Report of the Indian Hemp Drugs Commission, 1894-1895 - Volume V
Year: 1894
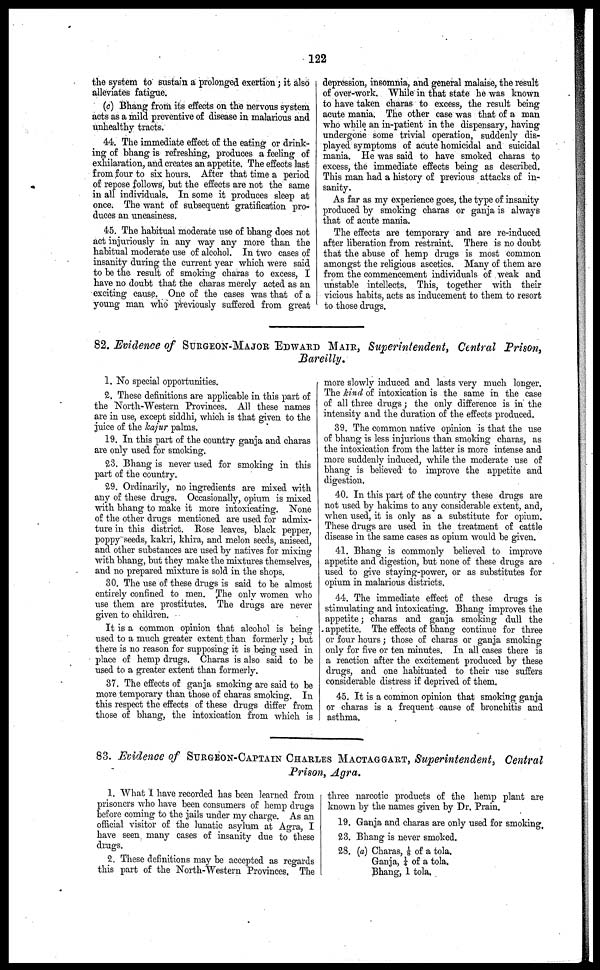
122
the system to sustain a prolonged exertion; it also
alleviates fatigue.
(c) Bhang from its effects on the nervous system
acts as a mild preventive of disease in malarious and
unhealthy tracts.
44. The immediate effect of the eating or drink
ing of bhang is refreshing, produces a feeling of
exhilaration, and creates an appetite. The effects last
from four to six hours. After that time a period
of repose follows, but the effects are not the same
in all individuals. In some it produces sleep at
once. The want of subsequent gratification pro
duces an uneasiness.
45. The habitual moderate use of bhang does not
act injuriously in any way any more than the
habitual moderate use of alcohol. In two cases of
insanity during the current year which were said
to be the result of smoking charas to excess, I
have no doubt that the charas merely acted as an
exciting cause. One of the cases was that of a
young man who previously suffered from great
depression, insomnia, and general malaise, the result
of over-work. While in that state he was known
to have taken charas to excess, the result being
acute mania. The other case was that of a man
who while an in-patient in the dispensary, having
undergone some trivial operation, suddenly dis
played symptoms of acute homicidal and suicidal
mania. He was said to have smoked charas to
excess, the immediate effects being as described.
This man had a history of previous attacks of in
sanity.
As far as my experience goes, the type of insanity
produced by smoking charas or ganja is always
that of acute mania.
The effects are temporary and are re-induced
after liberation from restraint. There is no doubt
that the abuse of hemp drugs is most common
amongst the religious ascetics. Many of them are
from the commencement individuals of weak and
unstable intellects. This, together with their
vicious habits, acts as inducement to them to resort
to those drugs.
82. Evidence of SURGEON-MAJOR EDWARD MAIR, Superintendent, Central Prison,
Bareilly.
1. No special opportunities.
2. These definitions are applicable in this part of
the North-Western Provinces. All these names
are in use, except siddhi, which is that given to the
juice of the kajur palms.
19. In this part of the country ganja and charas
are only used for smoking.
23. Bhang is never used for smoking in this
part of the country.
2.9. Ordinarily, no ingredients are mixed with
any of these drugs. Occasionally, opium is mixed
with bhang to make it more intoxicating. None
of the other drugs mentioned are used for admix
ture in this district. Rose leaves, black pepper,
poppy seeds, kakri, khira, and melon seeds, aniseed,
and other substances are used by natives for mixing
with bhang, but they make the mixtures themselves,
and no prepared mixture is sold in the shops.
30. The use of these drugs is said to be almost
entirety confined to men. The only women who
use them are prostitutes. The drugs are never
given to children.
It is a common opinion that alcohol is being
used to a much greater extent than formerly ; but
there is no reason for supposing it is being used in
place of hemp drugs. Charas is also said to be
used to a greater extent than formerly.
37. The effects of ganja smoking are said to be
more temporary than those of charas smoking. In
this respect the effects of these drugs differ from
those of bhang, the intoxication from which is
more slowly induced and lasts very much longer.
The kind of intoxication is the same in the case
of all three drugs ; the only difference is in the
intensity and the duration of the effects produced.
39. The common native opinion is that the use
of bhang is less injurious than smoking charas, as
the intoxication from the latter is more intense and
more suddenly induced, while the moderate use of
bhang is believed to improve the appetite and
digestion.
40. In this part of the country these drugs are
not used by hakims to any considerable extent, and,
when used, it is only as a substitute for opium.
These drugs are used in the treatment of cattle
disease in the same cases as opium would be given.
41. Bhang is commonly believed to improve
appetite and digestion, but none of these drugs are
used to give staying-power, or as substitutes for
opium in malarious districts.
44. The immediate effect of these drugs is
stimulating and intoxicating. Bhang improves the
appetite; charas and ganja smoking dull the
appetite. The effects of bhang continue for three
or four hours ; those of charas or ganja smoking
only for five or ten minutes. In all cases there is
a reaction after the excitement produced by these
drugs, and one habituated to their use suffers
considerable distress if deprived of them.
45. It is a common opinion that smoking ganja
or charas is a frequent cause of bronchitis and
asthma.
83. Evidence of SURGEON-CAPTAIN CHARLES MACTAGGART , Superintendent, Central
Prison, Agra.
1. What I have recorded has been learned from
prisoners who have been consumers of hemp drugs
before coming to the jails under my charge. As an
official visitor of the lunatic asylum at Agra, I
have seen many cases of insanity due to these
drugs.
2. These definitions may be accepted as regards
this part of the North-Western Provinces. The
three narcotic products of the hemp plant are
known by the names given by Dr. Prain.
19. Ganja and charas are only used for smoking.
23. Bhang is never smoked.
28. (a) Charas, ⅛ of a tola.
Ganja, ¼ of a tola.
Bhang, 1 tola.